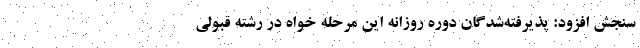
سنجش افزود: پذیرفته‌شدگان دوره روزانه این مرحله خواه در رشته قبولی